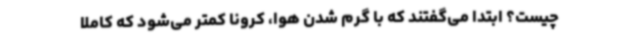
چیست؟ ابتدا می‌گفتند که با گرم شدن هوا، کرونا کمتر می‌شود که کاملاً